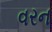
વરન